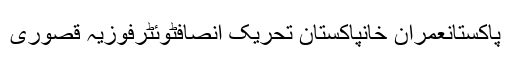
پاکستانعمران خانپاکستان تحریک انصافٹوئٹرفوزیہ قصوری